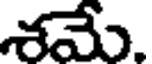
శమే.